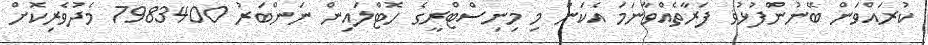
ކުރައްވަން ބޭނުންފުޅުޥ ފަރާތެއްވާނަމަ އެކަން މި މިނިސްޓްރީގެ ހޮޓްލައިން ނަންބަރު 7983400 މެދުވެރިކޮށް